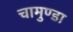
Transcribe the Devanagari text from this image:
चामुण्‍डा